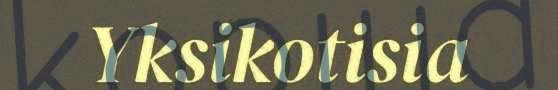
Yksikotisia